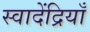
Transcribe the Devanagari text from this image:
स्वादेंद्रियाँ